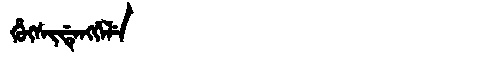
Manchu: ᡥᡠᡴᠰᡳᡩᡝᠩᡤᡝᠯᡝ
Romanization: HUKSIDENGGELE